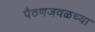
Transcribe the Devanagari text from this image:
पैठणजवळच्या